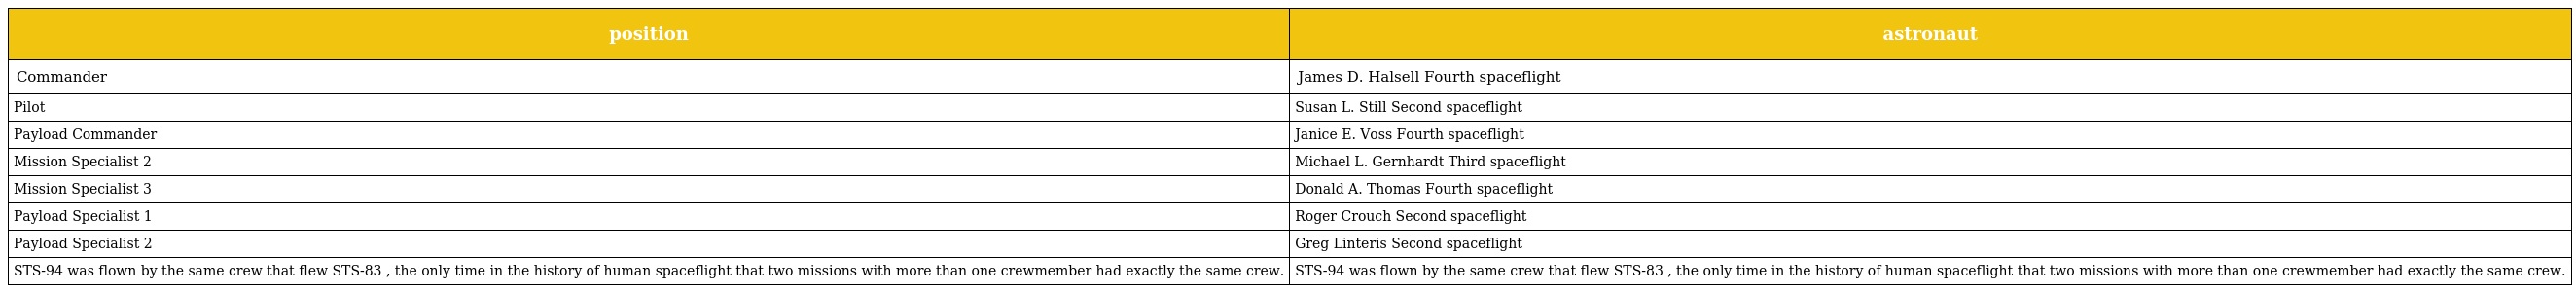
| position | astronaut |
 | --- | --- |
 | Commander | James D. Halsell Fourth spaceflight |
 | Pilot | Susan L. Still Second spaceflight |
 | Payload Commander | Janice E. Voss Fourth spaceflight |
 | Mission Specialist 2 | Michael L. Gernhardt Third spaceflight |
 | Mission Specialist 3 | Donald A. Thomas Fourth spaceflight |
 | Payload Specialist 1 | Roger Crouch Second spaceflight |
 | Payload Specialist 2 | Greg Linteris Second spaceflight |
 | STS-94 was flown by the same crew that flew STS-83 , the only time in the history of human spaceflight that two missions with more than one crewmember had exactly the same crew. | STS-94 was flown by the same crew that flew STS-83 , the only time in the history of human spaceflight that two missions with more than one crewmember had exactly the same crew. |